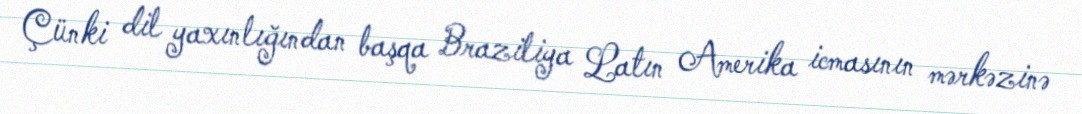
Çünki dil yaxınlığından başqa Braziliya Latın Amerika icmasının mərkəzinə